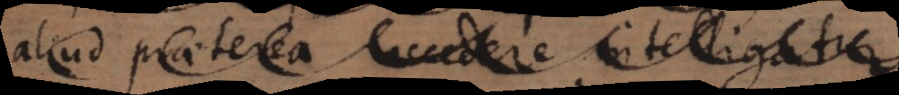
aliud praeterea accedere intelligatur.